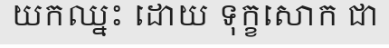
យកឈ្នះ ដោយ ទុក្ខសោក ជា